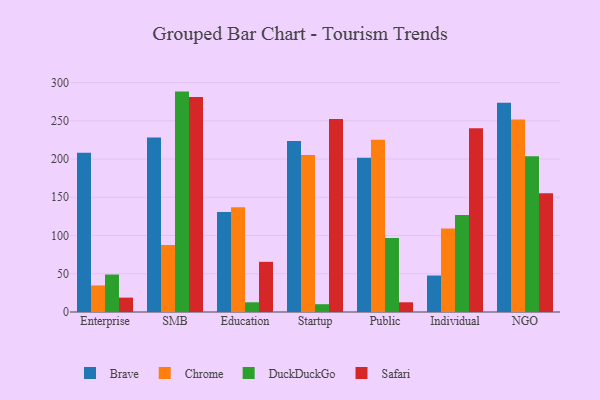
{"axis": {"x": "Segment", "y": "Backlog"}, "legend": ["Brave", "Chrome", "DuckDuckGo", "Safari"], "data": [{"x": "Enterprise", "y": 208.1, "type": "Brave"}, {"x": "Enterprise", "y": 34.7, "type": "Chrome"}, {"x": "Enterprise", "y": 49.0, "type": "DuckDuckGo"}, {"x": "Enterprise", "y": 18.8, "type": "Safari"}, {"x": "SMB", "y": 228.1, "type": "Brave"}, {"x": "SMB", "y": 87.6, "type": "Chrome"}, {"x": "SMB", "y": 288.2, "type": "DuckDuckGo"}, {"x": "SMB", "y": 281.2, "type": "Safari"}, {"x": "Education", "y": 130.8, "type": "Brave"}, {"x": "Education", "y": 137.1, "type": "Chrome"}, {"x": "Education", "y": 12.7, "type": "DuckDuckGo"}, {"x": "Education", "y": 65.6, "type": "Safari"}, {"x": "Startup", "y": 223.6, "type": "Brave"}, {"x": "Startup", "y": 205.4, "type": "Chrome"}, {"x": "Startup", "y": 10.2, "type": "DuckDuckGo"}, {"x": "Startup", "y": 252.5, "type": "Safari"}, {"x": "Public", "y": 201.7, "type": "Brave"}, {"x": "Public", "y": 225.1, "type": "Chrome"}, {"x": "Public", "y": 96.8, "type": "DuckDuckGo"}, {"x": "Public", "y": 12.7, "type": "Safari"}, {"x": "Individual", "y": 47.7, "type": "Brave"}, {"x": "Individual", "y": 109.1, "type": "Chrome"}, {"x": "Individual", "y": 126.8, "type": "DuckDuckGo"}, {"x": "Individual", "y": 240.3, "type": "Safari"}, {"x": "NGO", "y": 273.7, "type": "Brave"}, {"x": "NGO", "y": 251.8, "type": "Chrome"}, {"x": "NGO", "y": 203.8, "type": "DuckDuckGo"}, {"x": "NGO", "y": 155.4, "type": "Safari"}]}